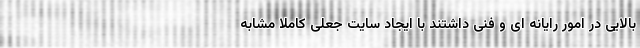
بالایی در امور رایانه ای و فنی داشتند با ایجاد سایت جعلی کاملاً مشابه